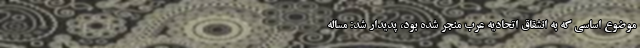
موضوع اساسی که به انشقاق اتحادیه عرب منجر شده بود، پدیدار شد: مساله